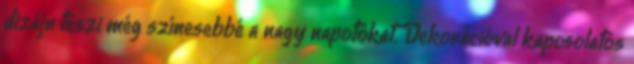
dizájn teszi még színesebbé a nagy napotokat. Dekorációval kapcsolatos